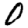
Digit: 0